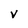
Character: v